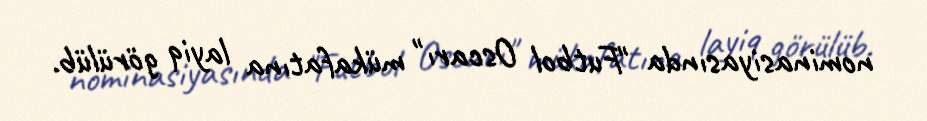
nominasiyasında "Futbol Oscarı" mükafatına layiq görülüb.